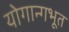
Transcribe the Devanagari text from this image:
योगान्गभूत